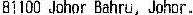
81100 JOHOR BAHRU, JOHOR.